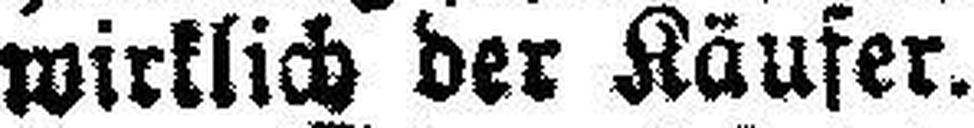
wirklich der Käufer.